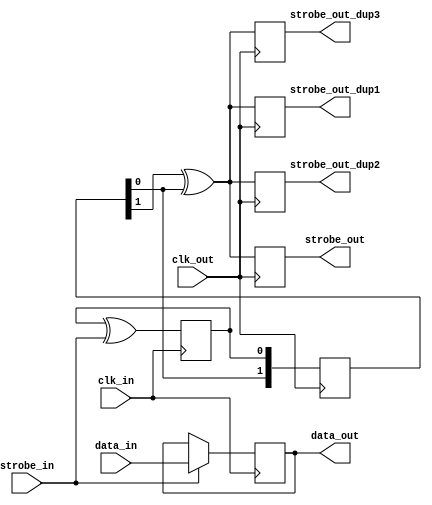
module strobe_out4(
			clk_in,
			clk_out,
			strobe_in,
			strobe_out,
			strobe_out_dup1,
			strobe_out_dup2,
			strobe_out_dup3,
			data_in,
			data_out
			);
			
parameter WIDTH = 1;
parameter DELAY = 2; // 2 for metastability, larger for testing
	
	
input clk_in;
input clk_out;
input strobe_in;
output strobe_out;
output strobe_out_dup1;
output strobe_out_dup2;
output strobe_out_dup3;
input [WIDTH-1:0] data_in;
output [WIDTH-1:0] data_out;

reg strobe_out;
reg strobe_out_dup1;
reg strobe_out_dup2;
reg strobe_out_dup3;

`define CLOCK_CROSS
`ifdef CLOCK_CROSS
	reg flag;
	reg prev_strobe;
	reg [DELAY:0] sync;
	reg [WIDTH-1:0] data;

	initial begin
		flag = 0;
		prev_strobe = 0;
		sync[DELAY:0] = 0;
		data[WIDTH-1:0] = 0;
	end

	// flip the flag and clock in the data when strobe is high
	always @(posedge clk_in) begin
		//if ((strobe_in && !prev_strobe)
		//|| (!strobe_in &&  prev_strobe))
		flag <= flag ^ strobe_in;

		if (strobe_in)
			data <= data_in;

		prev_strobe <= strobe_in;
	end

	// shift through a chain of flipflop to ensure stability
	always @(posedge clk_out)
		sync <= { sync[DELAY-1:0], flag };

	//assign strobe_out = sync[DELAY] ^ sync[DELAY-1];
    always @(posedge clk_out) begin
	    strobe_out <= sync[DELAY-1] ^ sync[DELAY-2];
	    strobe_out_dup1 <= sync[DELAY-1] ^ sync[DELAY-2];
	    strobe_out_dup2 <= sync[DELAY-1] ^ sync[DELAY-2];
	    strobe_out_dup3 <= sync[DELAY-1] ^ sync[DELAY-2];
	end

    //synthesis attribute strobe_out preserve_signal true
    //synthesis attribute strobe_out_dup1 preserve_signal true
    //synthesis attribute strobe_out_dup2 preserve_signal true
    //synthesis attribute strobe_out_dup3 preserve_signal true


    //assign strobe_out = strobe_out_reg;
	assign data_out = data;
`else
	assign strobe_out = strobe_in;
	assign data_out = data_in;
`endif
endmodule


module dflip(
	input clk,
	input in,
	output out
);
	reg [2:0] d;

	always @(posedge clk)
		d <= { d[1:0], in };
	assign out = d[2];
endmodule